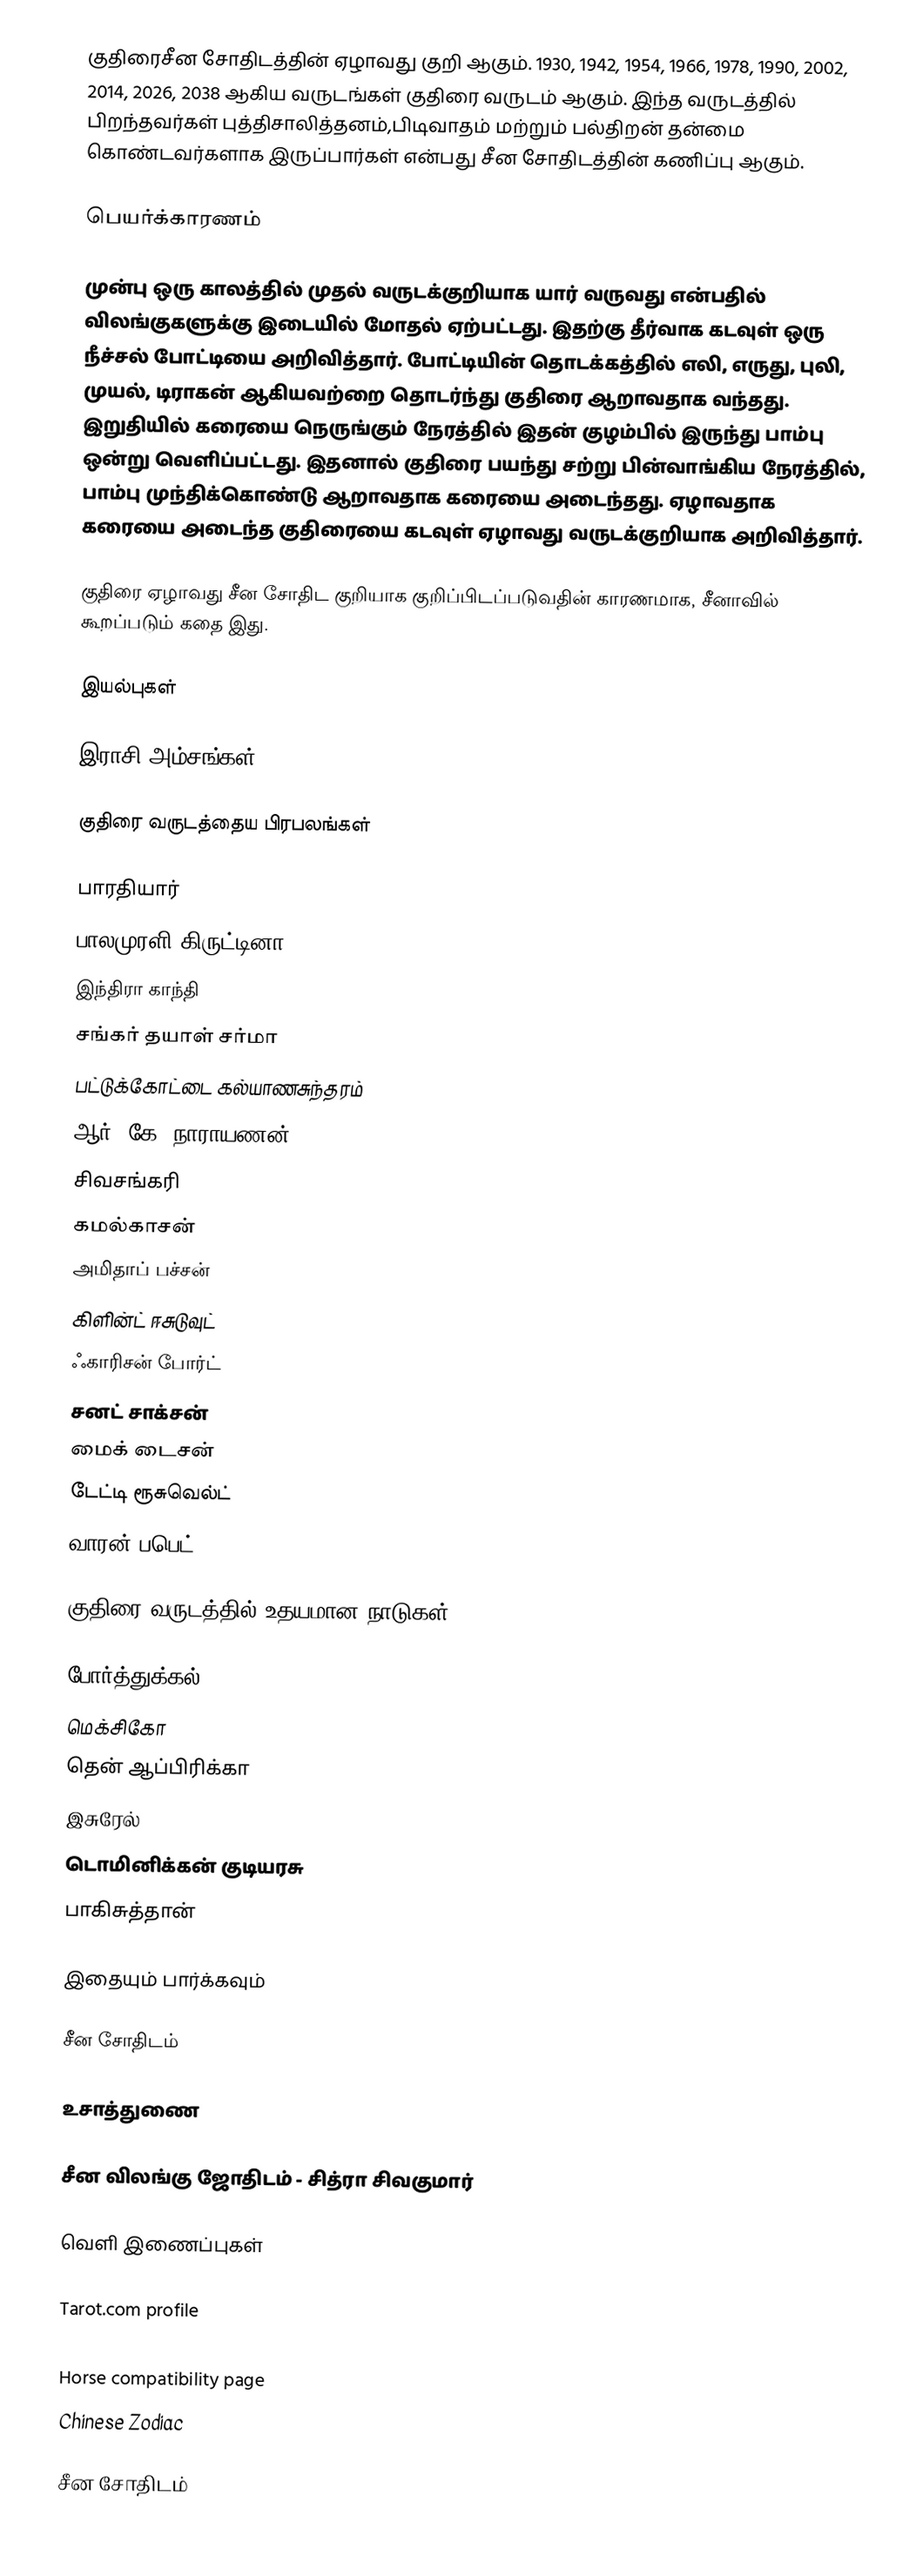
குதிரைசீன சோதிடத்தின் ஏழாவது குறி ஆகும். 1930, 1942, 1954, 1966, 1978, 1990, 2002, 2014, 2026, 2038 ஆகிய வருடங்கள் குதிரை வருடம் ஆகும். இந்த வருடத்தில் பிறந்தவர்கள் புத்திசாலித்தனம்,பிடிவாதம் மற்றும் பல்திறன் தன்மை கொண்டவர்களாக இருப்பார்கள் என்பது சீன சோதிடத்தின் கணிப்பு ஆகும்.

பெயர்க்காரணம்

முன்பு ஒரு காலத்தில் முதல் வருடக்குறியாக யார் வருவது என்பதில் விலங்குகளுக்கு இடையில் மோதல் ஏற்பட்டது. இதற்கு தீர்வாக கடவுள் ஒரு நீச்சல் போட்டியை அறிவித்தார். போட்டியின் தொடக்கத்தில் எலி, எருது, புலி, முயல், டிராகன் ஆகியவற்றை தொடர்ந்து குதிரை ஆறாவதாக வந்தது. இறுதியில் கரையை நெருங்கும் நேரத்தில் இதன் குழம்பில் இருந்து பாம்பு ஒன்று வெளிப்பட்டது. இதனால் குதிரை பயந்து சற்று பின்வாங்கிய நேரத்தில், பாம்பு முந்திக்கொண்டு ஆறாவதாக கரையை அடைந்தது. ஏழாவதாக கரையை அடைந்த குதிரையை கடவுள் ஏழாவது வருடக்குறியாக அறிவித்தார்.

குதிரை ஏழாவது சீன சோதிட குறியாக குறிப்பிடப்படுவதின் காரணமாக, சீனாவில் கூறப்படும் கதை இது.

இயல்புகள்

இராசி அம்சங்கள்

குதிரை வருடத்தைய பிரபலங்கள்

பாரதியார்
பாலமுரளி கிருட்டினா
இந்திரா காந்தி
சங்கர் தயாள் சர்மா
பட்டுக்கோட்டை கல்யாணசுந்தரம்
ஆர். கே. நாராயணன்
சிவசங்கரி
கமல்காசன்
அமிதாப் பச்சன்
கிளின்ட் ஈசுடுவுட்
ஃகாரிசன் போர்ட்
சனட் சாக்சன்
மைக் டைசன்
டேட்டி ரூசுவெல்ட்
வாரன் பபெட்

குதிரை வருடத்தில் உதயமான நாடுகள்

போர்த்துக்கல்
மெக்சிகோ
தென் ஆப்பிரிக்கா
இசுரேல்
டொமினிக்கன் குடியரசு
பாகிசுத்தான்

இதையும் பார்க்கவும்

சீன சோதிடம்

உசாத்துணை

சீன விலங்கு ஜோதிடம் - சித்ரா சிவகுமார்

வெளி இணைப்புகள்

Tarot.com profile
Zodiac
Horse compatibility page
Chinese Zodiac

சீன சோதிடம்